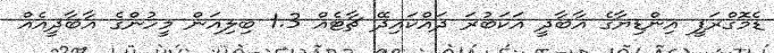
ޑެމޮގްރަފީ އިންޑިޔާގެ އާބާދީ އަކަބުރަ ދައްކައިދޭ ޗާޓެއް 1.3 ބިލިއަން މީހުންގެ އާބާދީއެއް